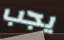
يجب